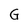
Character: G